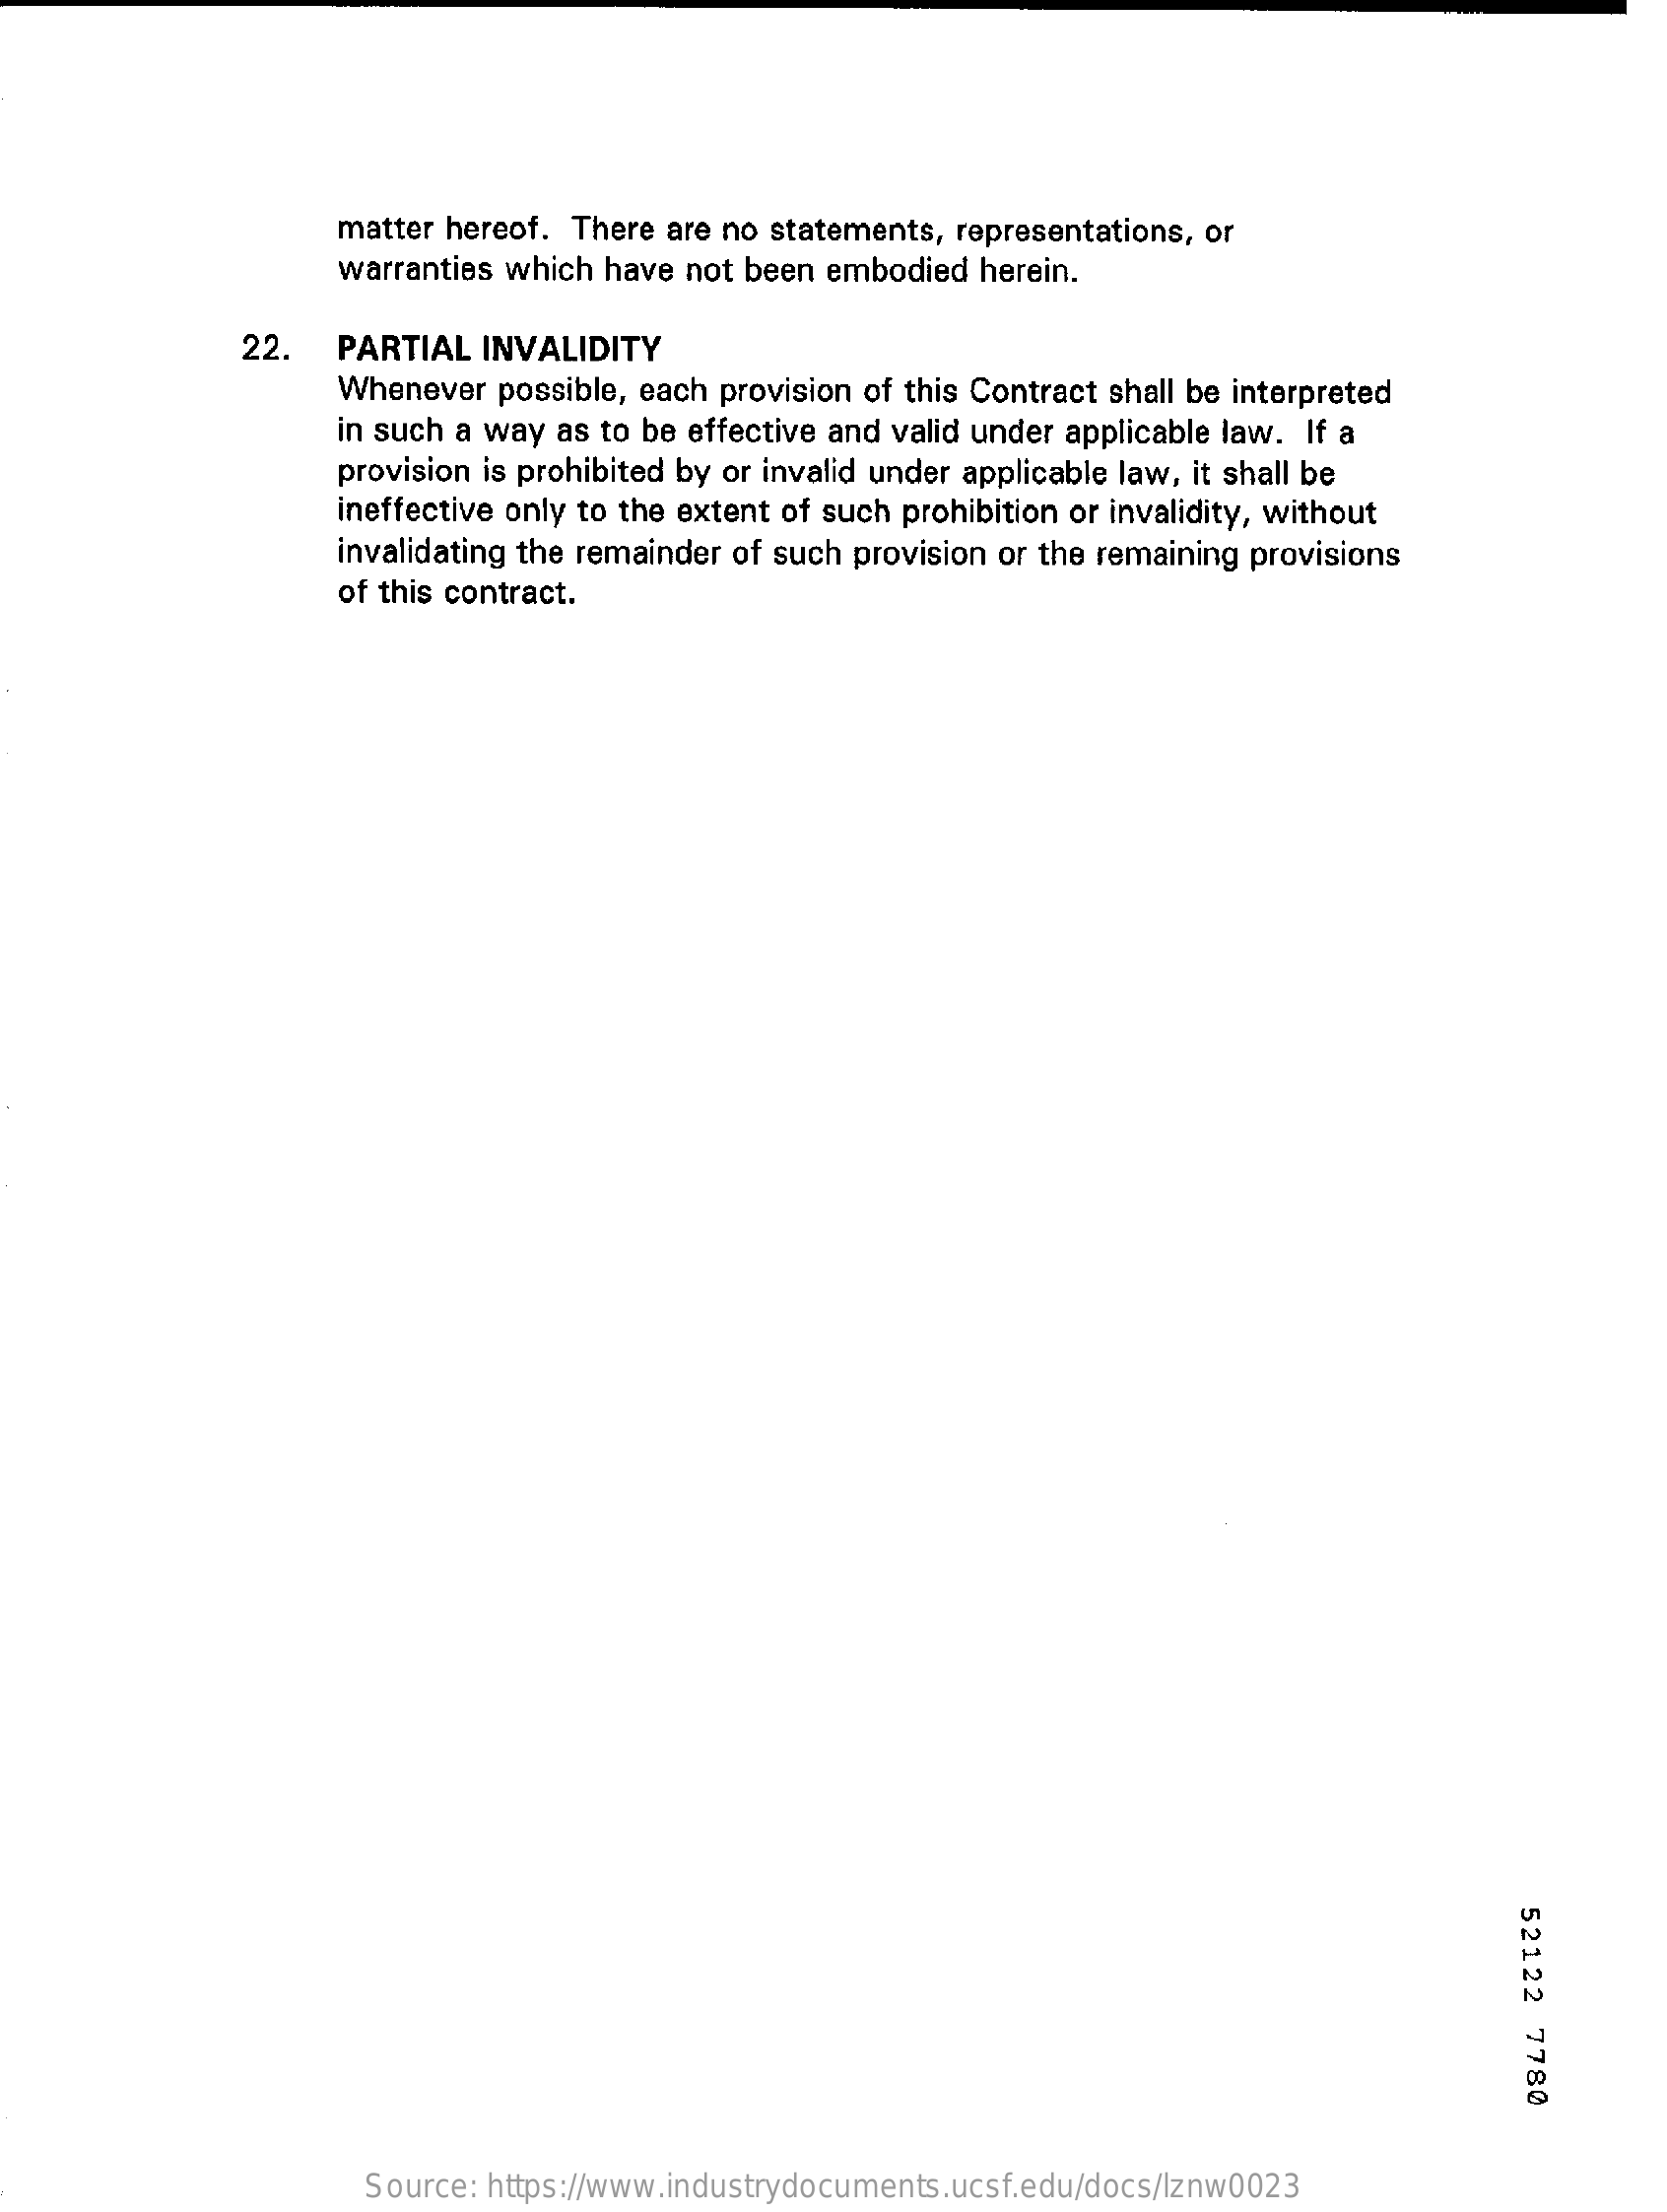
matter hereof. There are no statements, representations, or
     warranties which have not been embodied herein.
     22.  PARTIAL INVALIDITY
     Whenever possible, each provision of this Contract shall be interpreted
     in such a way as to be effective and valid under applicable law. If a
     provision is prohibited by or invalid under applicable law, it shall be
     ineffective only to the extent of such prohibition or invalidity, without
     invalidating the remainder of such provision or the remaining provisions
     of this contract.
     52122
     7780
     Source: https://www.industrydocuments.ucsf.edu/docs/lznw0023